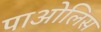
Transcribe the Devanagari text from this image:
पाओलिस